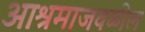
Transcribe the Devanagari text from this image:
आश्रमाजवळील